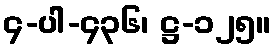
၄-ပါ-၄၃၆၊ ဋ္ဌ-၁၂၅။